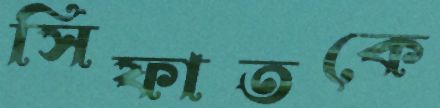
সিফাতকে